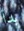
بدأ